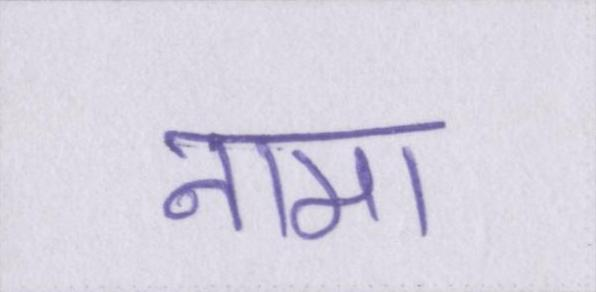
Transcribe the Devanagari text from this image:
नामा